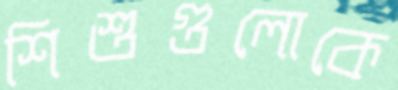
শিশুগুলোকে